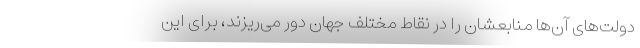
دولت‌های آن‌ها منابعشان را در نقاط مختلف جهان دور می‌ریزند، برای این